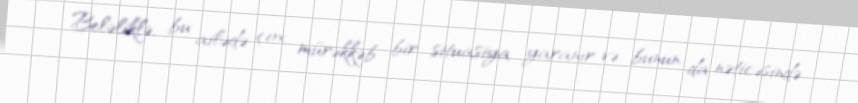
Beləliklə, bu ailədə çox mürəkkəb bir situasiya yaranır və bunun da nəticəsində